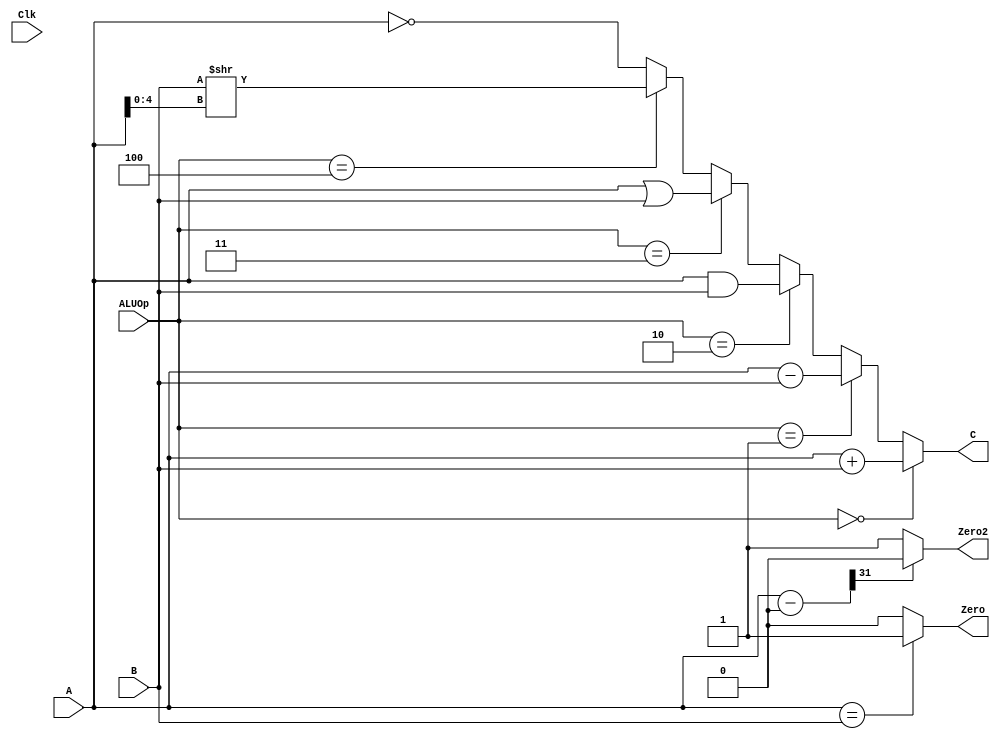
`timescale 1ns / 1ps
//////////////////////////////////////////////////////////////////////////////////
// Company: 
// Engineer: 
// 
// Design Name: 
// Module Name:    alu 
// Project Name: 
// Target Devices: 
// Tool versions: 
// Description: 
//
// Dependencies: 
//
// Revision: 
// Revision 0.01 - File Created
// Additional Comments: 
//
/////////////////////////////////////////////////////////////////////////////////
module alu(
    input [31:0] A,
    input [31:0] B,
    input [2:0] ALUOp,
	 input Clk,
    output [31:0] C,
	 output Zero,
	 output Zero2
    );
	 wire [31:0]DELTA;
//	 always@(Clk)begin
//			$display("A=%h , B=%h",A,B);
//		end
	assign C=(ALUOp==3'b000)?(A+B):((ALUOp==3'b001)?(A-B):((ALUOp==3'b010)?(A&B):((ALUOp==3'b011)?(A|B):((ALUOp==3'b100)?(B>>A[4:0]):~A))));
	assign Zero=(A==B?1:0);
	assign DELTA=A-0;
	assign Zero2=((DELTA[31]==0)?1:0);
endmodule